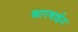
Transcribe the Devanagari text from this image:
कारबाईन